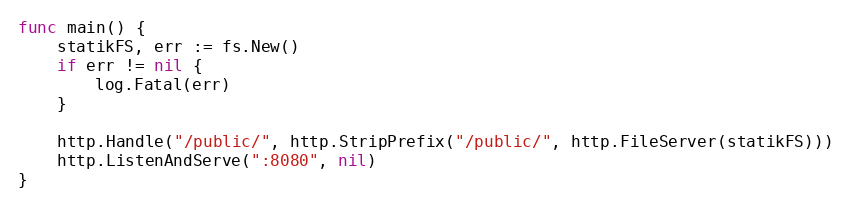
Language: Go
func main() {
	statikFS, err := fs.New()
	if err != nil {
		log.Fatal(err)
	}

	http.Handle("/public/", http.StripPrefix("/public/", http.FileServer(statikFS)))
	http.ListenAndServe(":8080", nil)
}